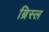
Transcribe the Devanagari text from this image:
ब्रिस्ल